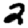
Digit: 2